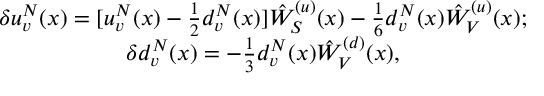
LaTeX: \begin{array} { c l c r } { { \delta u _ { v } ^ { N } ( x ) = [ u _ { v } ^ { N } ( x ) - \frac { 1 } { 2 } d _ { v } ^ { N } ( x ) ] \hat { W } _ { S } ^ { ( u ) } ( x ) - \frac { 1 } { 6 } d _ { v } ^ { N } ( x ) \hat { W } _ { V } ^ { ( u ) } ( x ) ; } } \\ { { \delta d _ { v } ^ { N } ( x ) = - \frac { 1 } { 3 } d _ { v } ^ { N } ( x ) \hat { W } _ { V } ^ { ( d ) } ( x ) , } } \end{array}